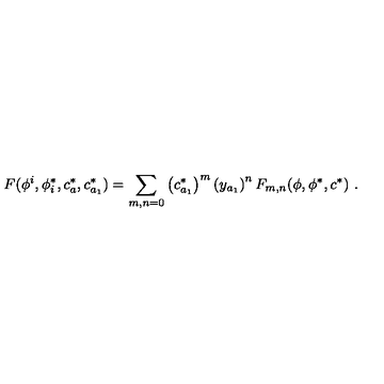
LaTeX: F ( \phi ^ { i } , \phi _ { i } ^ { * } , c _ { a } ^ { * } , c _ { a _ { 1 } } ^ { * } ) = \sum _ { m , n = 0 } \left( c _ { a _ { 1 } } ^ { * } \right) ^ { m } \left( y _ { a _ { 1 } } \right) ^ { n } F _ { m , n } ( \phi , \phi ^ { * } , c ^ { * } ) \ .